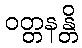
ဝတ္တနန္တိ